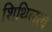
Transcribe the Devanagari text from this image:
शिथिलत्व